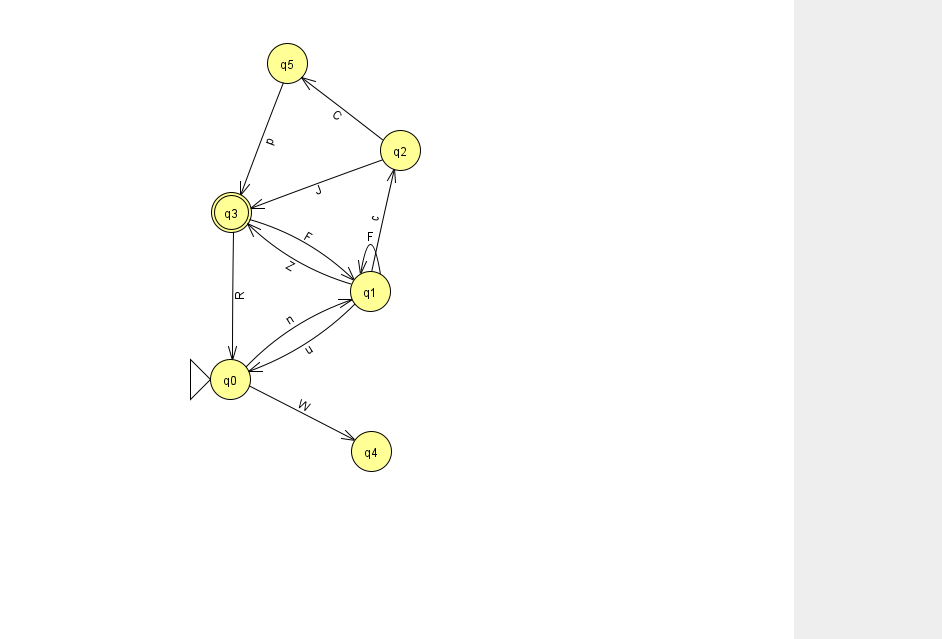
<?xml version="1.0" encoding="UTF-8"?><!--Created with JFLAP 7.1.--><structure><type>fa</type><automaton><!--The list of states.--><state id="0" name="q0"><x>230.0</x><y>366.0</y><initial/></state><state id="1" name="q1"><x>370.0</x><y>278.0</y></state><state id="2" name="q2"><x>400.0</x><y>137.0</y></state><state id="3" name="q3"><x>231.0</x><y>199.0</y><final/></state><state id="4" name="q4"><x>371.0</x><y>438.0</y></state><state id="5" name="q5"><x>287.0</x><y>50.0</y></state><!--The list of transitions.--><transition><from>1</from><to>0</to><read>u</read></transition><transition><from>1</from><to>2</to><read>c</read></transition><transition><from>3</from><to>0</to><read>R</read></transition><transition><from>1</from><to>1</to><read>F</read></transition><transition><from>3</from><to>1</to><read>F</read></transition><transition><from>0</from><to>1</to><read>n</read></transition><transition><from>2</from><to>5</to><read>C</read></transition><transition><from>1</from><to>3</to><read>Z</read></transition><transition><from>2</from><to>3</to><read>J</read></transition><transition><from>0</from><to>4</to><read>W</read></transition><transition><from>5</from><to>3</to><read>p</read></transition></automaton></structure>